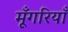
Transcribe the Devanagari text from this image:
मूँगरियाँ